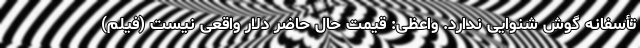
تأسفانه گوش شنوایی ندارد. واعظی: قیمت حال حاضر دلار واقعی نیست (فیلم)